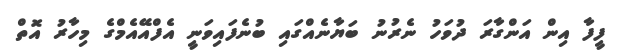
ފީފާ އިން އަންގާރަ ދުވަހު ނެރުނު ބަޔާނެއްގައި ބުނެފައިވަނީ އެފްއޭއެމްގެ މިހާރު އޮތް